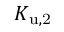
K _ { \mathrm { u , 2 } }